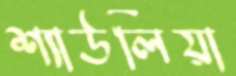
শ্যাউলিয়া